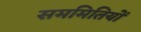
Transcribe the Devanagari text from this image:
सममितियों